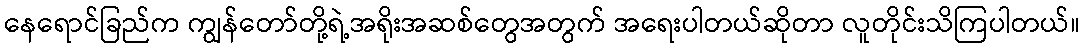
နေရောင်ခြည်က ကျွန်တော်တို့ရဲ့အရိုးအဆစ်တွေအတွက် အရေးပါတယ်ဆိုတာ လူတိုင်းသိကြပါတယ်။